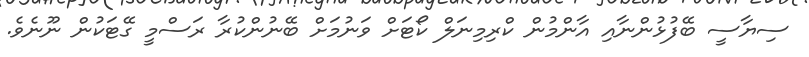
ސިޔާސީ ބޭފުޅުންނާއި އާންމުން ކްރިމިނަލް ކޯޓަށް ވަނުމަށް ބޭނުންކުރާ ރަސްމީ ގޭޓަކުން ނޫނެވެ.